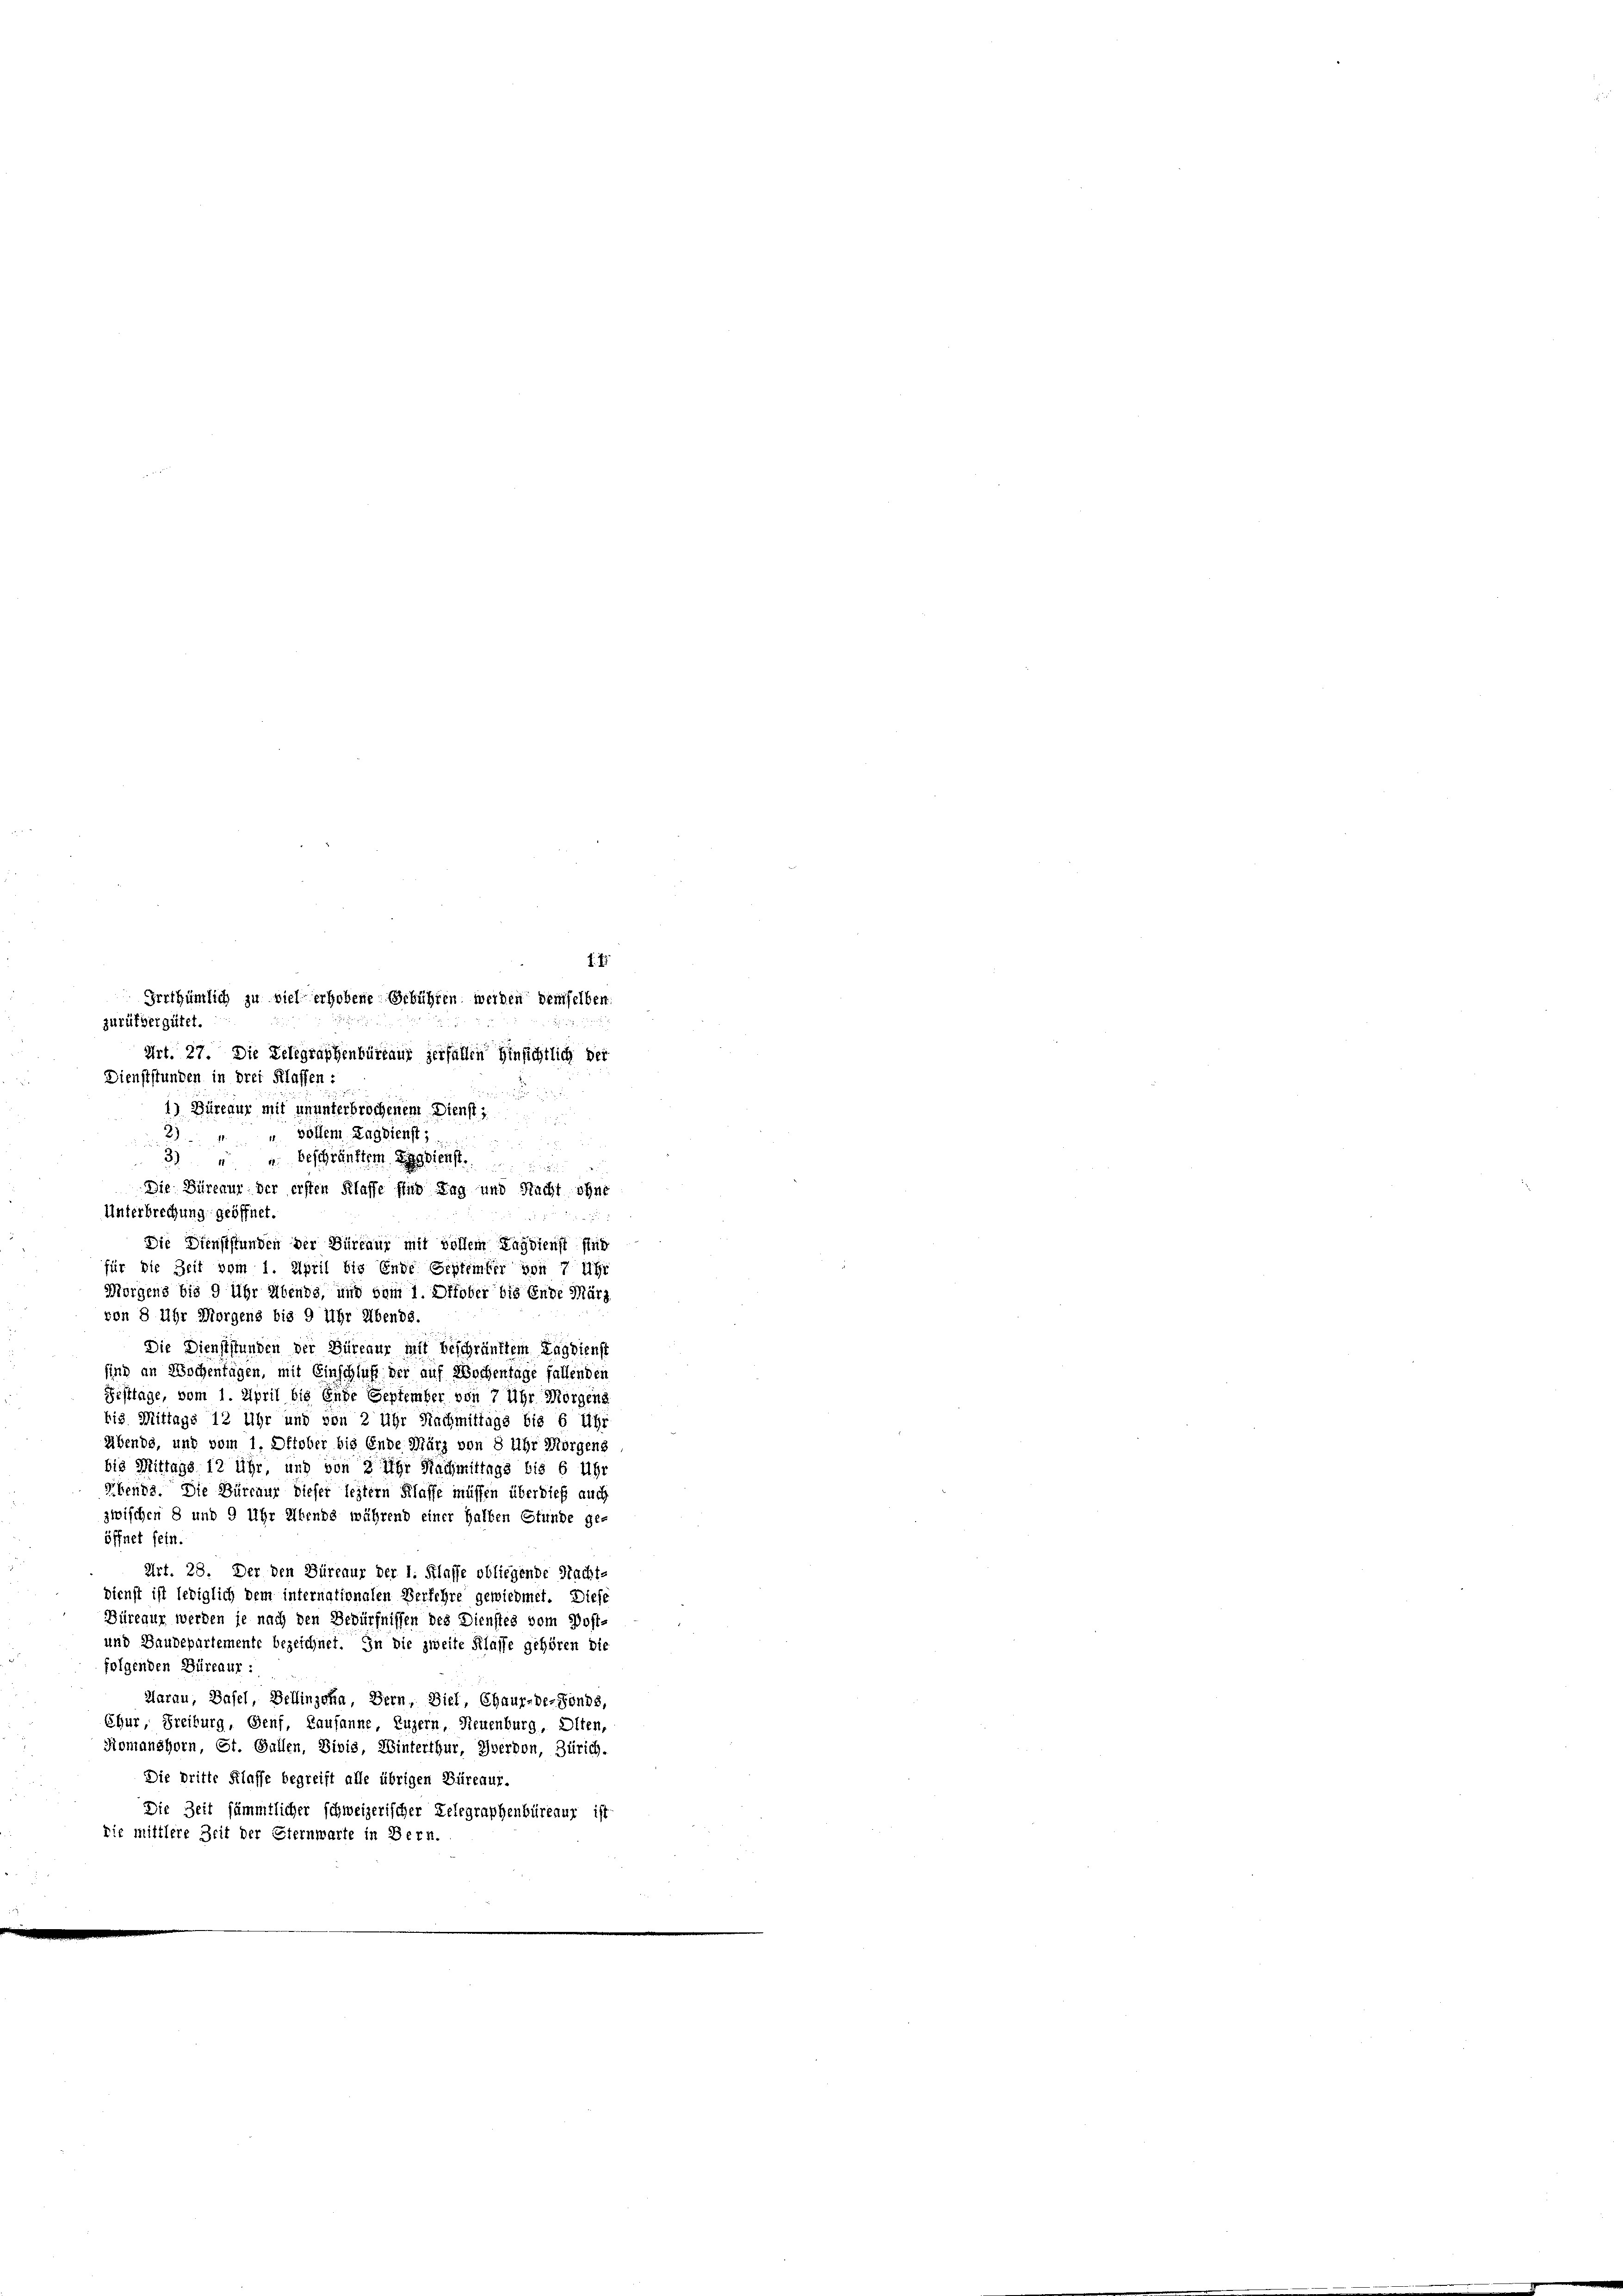
Irrthümlich zu viel erhobene Gebühren werden demselben.
zurükvergütet.
Art. 27. Die Telegraphenbüreaus zerfällen Hinsichtlich der
Dienststunden in drei Klaffen :

1) Büreaur mit ununterbrochenem Dienst
vollem Lagdienst;
2
 x
3) " " beschränktem Gebiets
Die Büreaur der ersten Klaffe für Tag und Nacht ohne
Unterbrechung geöffnet.
Die Dienstffunden der Büreaur mit vollem Kägdienst sind
für die Zeit vom 1. April bis Ende September von 7 Uhr
Morgens bis 9 Uhr Abends, und dem 1. Oktober bis Ende März
von 8 Uhr Morgens bis 9 Uhr Abends.
Die Dienststunden der Büreaur mit beschränktem Lagdienst
sind an Wochenfügen, mit Einschluß der auf Wochentage fallenden
Festtage, vom 1. April bis Ende September von 7 Uhr Morgens
bis Mittags 12 Uhr und von 2 Uhr Nachmittage bis 6 Uhr
Abends, und vom 1. Oktober bis Ende März von 8 Uhr Morgens
bis Mittags 12 Uhr, und von 8 Uhr Nachmittags bis 6 Uhr
Abends. Die Bürcaur dieser leztern Klasse müssen überdieß auch
zwischen 8 und 9 Uhr Abends während einer halten Stunde ge-
öffnet sein.
Art. 28. Der den Büreaur der I. Klasse obliegende Nacht-
Dienst ist lediglich dem internationalen Verfehre gewiedmet. Diese
Büreaur werden je nach den Bedürfnissen des Dienstes vom Post-
und Baudepartemente bezeichnet. In die zweite Klasse gehören die
folgenden Büreaur:
Aarau, Basel, Dellinzona, Bern, Diel, Chaux-de-Fonds,
Chur, Freiburg, Genf, Kausanne, Luzern, Neuenburg, Olten,
Romanshorn, St. Gallen, Divis, Winterthur, Yverdon, Zürich.
Die dritte Klaffe begreift alle übrigen Bürenur.
Die Zeit sämmtlicher schweizerischer Delegraphenbüreaur ist
die mittlere Zeit der Eiernwarte in Bern.

f. 75
e